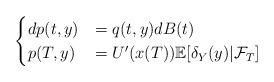
LaTeX: \begin{align*}\begin{cases}dp(t,y) &= q(t,y) dB(t) \\p(T,y)&= U'(x(T))\mathbb{E}[\delta_Y(y)|\mathcal{F}_T]\end{cases}\end{align*}